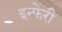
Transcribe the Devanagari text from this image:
इन्फेरी